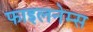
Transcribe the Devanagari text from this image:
फाइलनेम्स